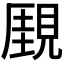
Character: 𧡋